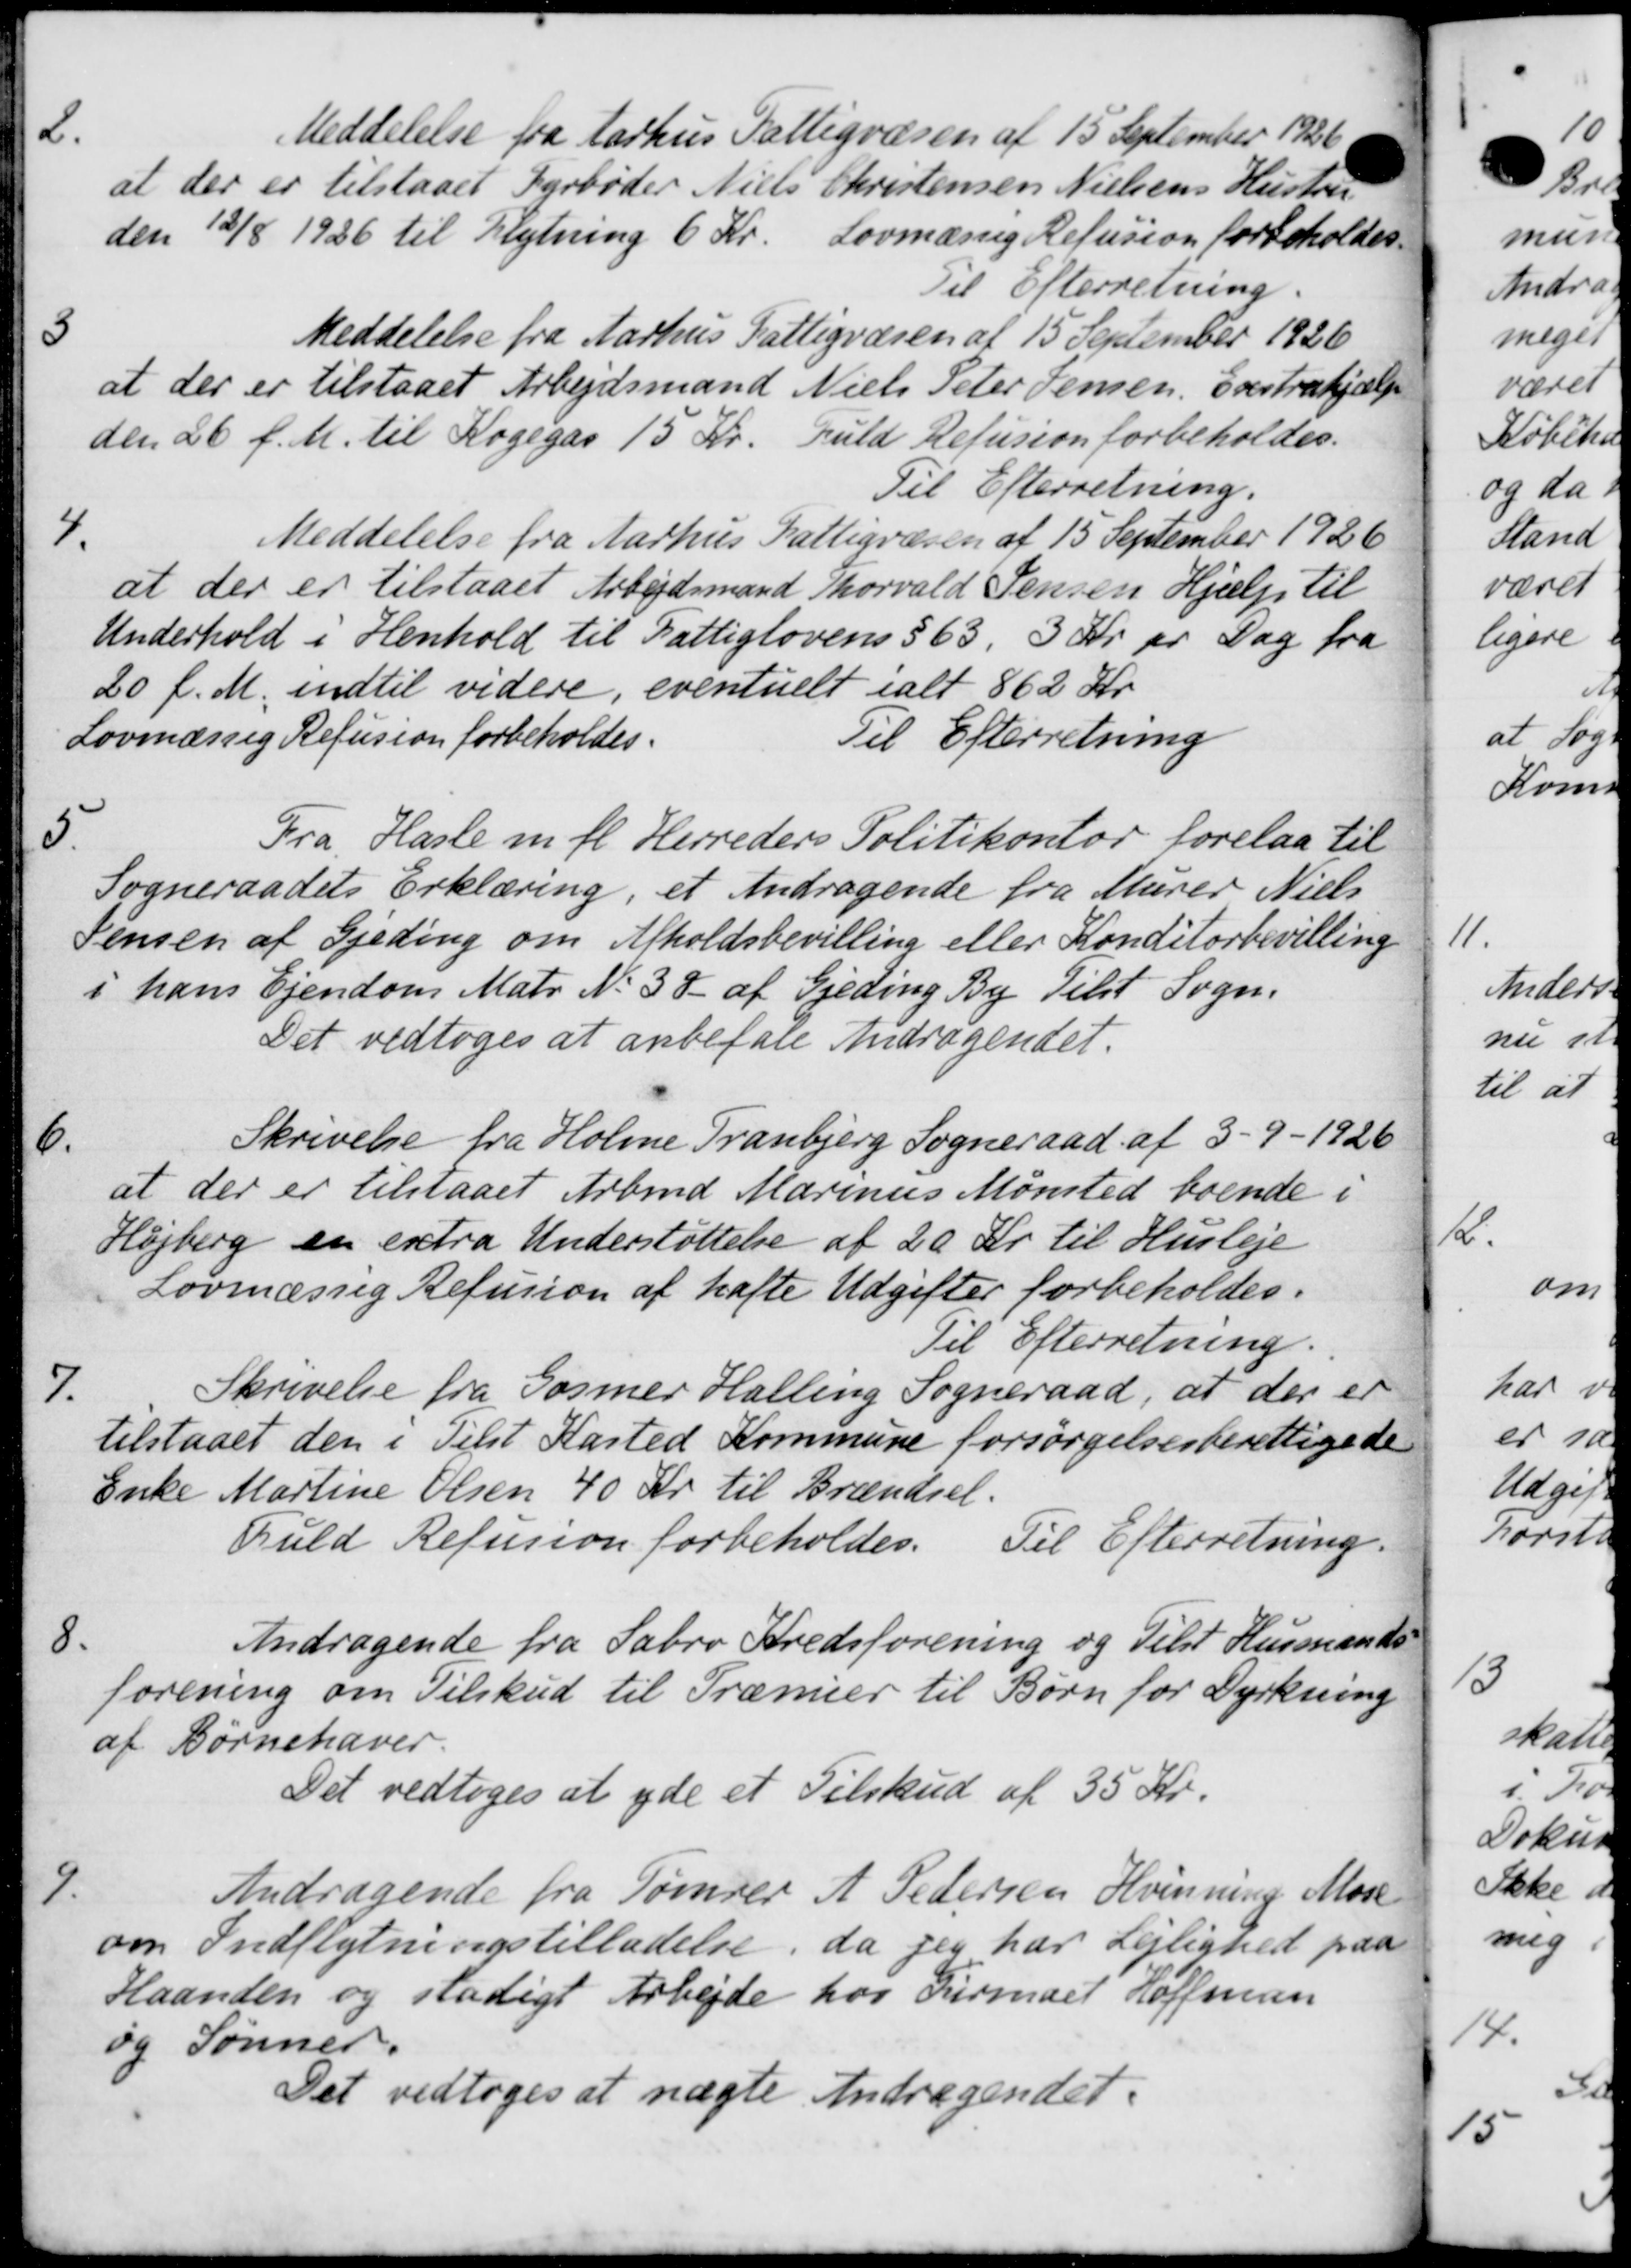
Transskription:
2.
Meddelelse fra Aarhus Fattigvæsen af 15 September 1926.
at der er tilstaaet Fyrbøder Niels Christensen Nielsens Hustru
den 13/8 1926 til Flytning 6 Kr.
Lovmæssig Refusion forbeholdes.
Til Efterretning.
3
Meddelelse fra Aarhus Fattigvæsen af 15 September 1926
at der er tilstaaet Arbejdsmand Niels Peter Jensen, Evertrahjælp
den 26 f. M. til Kogegas 15 Kr. Fuld Refusion forbeholdes.
Til Efterretning.
4.
Meddelelse fra Aarhus Fattigvæsen af 15 September 1926
at der er tilstaaet Arbejdsmand Thorvald Jensen Hjælp til
Underhold i Henhold til Fattiglovens § 63, 3 Kr. pr. Dag for
20 f. M. indtil videre, eventuelt ialt 862 Kr.
Lovmæssig Refusion forbeholdes.
Til Efterretning
5.
Fra Hasle m. fl. Herreders Politikontor forelaa til
Sogneraadets Erklæring, et Andragende fra Murer Niels
Jensen af Gjeding om Afholdsbevilling eller Konditorbevilling
i hans Ejendom Matr. No 38 af Gjeding By Tilst Sogn.
Det vedtoges at anbefale Andragendet.
6.
Skrivelse fra Holme Tranbjerg Sogneraad af 5-9-1926
at der er tilstaaet Arbmd Marinus Mønsted boende i
Højberg en extra Understøttelse af 20 Kr. til Husleje
Lovmæssig Refusion af hafte Udgifter forbeholdes.
Til Efterretning.
7.
Skrivelse fra Gosmer Halling Sogneraad, at der er
tilstaaet den i Tilst Kasted Kommune forsørgelsesberettigede
Enke Martine Olsen 40 Kr. til Brændsel.
Fuld Refusion forbeholdes.
Til Efterretning.
8.
Andragende fra Sabro Kredsforening og Telst Husmands
forening om Tilskud til Præmier til Børn for Dyrkning
af Børnehaver.
Det vedtoges at yde et Tilskud af 35 Kr.
9.
Andragende fra Tømrer A. Pedersen Hvinning Mose
om Indflytningstilladelse, da jeg har Lejlighed paa
Haanden og stadigt Arbejde hos Firmaet Hoffensen
og Sønner.
Det vedtoges at nægte Andragendet.